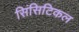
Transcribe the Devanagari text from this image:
सिंसिटिकल